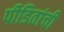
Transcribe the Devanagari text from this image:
पीडितांची